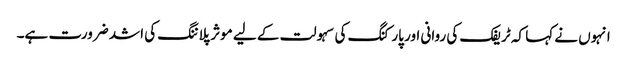
انہوں نے کہا کہ ٹریفک کی روانی اور پارکنگ کی سہولت کے لیے موثر پلاننگ کی اشد ضرورت ہے۔